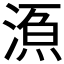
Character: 𱧱